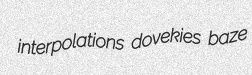
interpolations dovekies baze